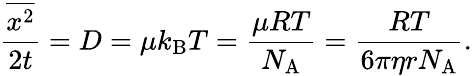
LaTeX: {\frac{\overline{{x^{2}}}}{2t}}=D=\mu k_{\mathrm{{B}}}T={\frac{\mu RT}{N_{\mathrm{A}}}}={\frac{RT}{6\pi\eta rN_{\mathrm{A}}}}.